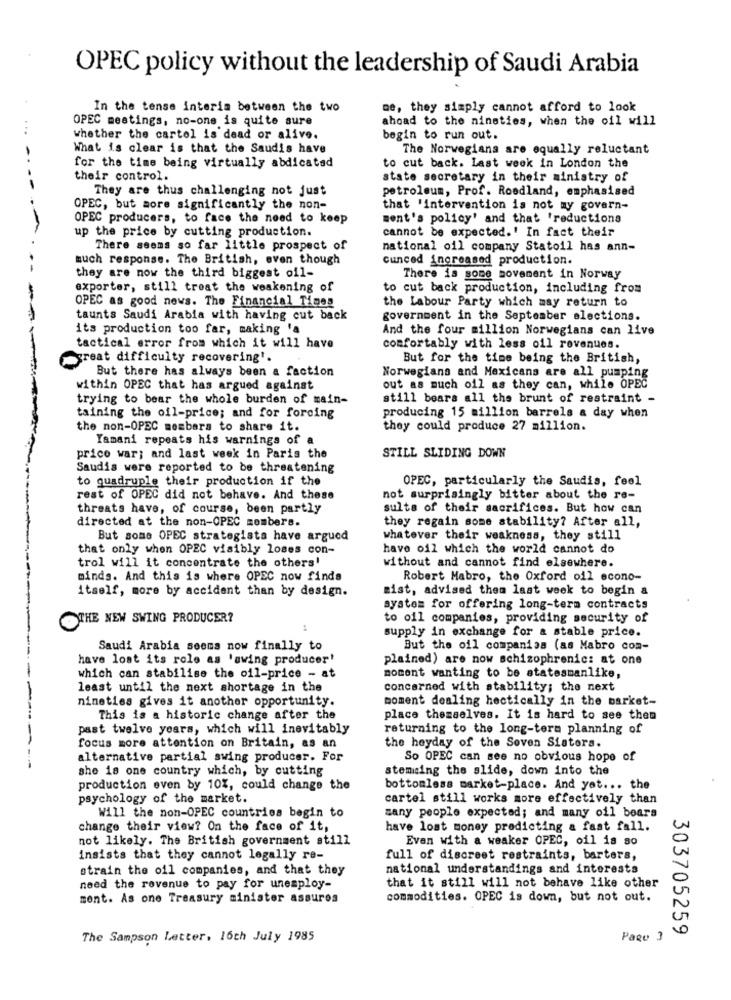
OPEC policy without the leadership of Saudi Arabia
In the tense interim between the two
me, they simply cannot afford to look
OPEC meetings, no-one is quite sure
ahoad to the nineties, when the oil will
whether the cartel is dead or alive.
begin to run out.
What is clear is that the Saudis have
The Norwegians are equally reluctant
for the time being virtually abdicated
to cut back. Last week in London the
their control.
state secretary in their ministry of
They are thus challenging not just
petroleum, Prof. Roodland, emphasised
OPEC, but more significantly the non-
that 'intervention is not my govern-
OPEC producers, to face the need to keep
ment's policy' and that 'reductions
up the price by cutting production.
cannot be expected.' In fact their
There seems so far little prospect of
national oil company Statoil has ann-
much response. The British, even though
cunced increased production.
they are now the third biggest oil-
There is some movement in Norway
exporter, still treat the weakening of
to cut back production, including from
OPEC as good news. The Financial Times
the Labour Party which may return to
taunts Saudi Arabia with having cut back
government in the September elections.
its production too far, making 'a
And the four million Norwegians can live
tactical error from which it will have
comfortably with less oil revenues.
great difficulty recovering'.
But for the time being the British,
But there has always been a faction
Norwegians and Mexicans are all pumping
within OPEC that has argued against
out as much oil as they can, while OPEC
trying to bear the whole burden of main-
still bears all the brunt of restraint -
taining the oil-price; and for forcing
producing 15 million barrels a day when
the non-OPEC members to share it.
they could produce 27 million.
Yamani repeats his warnings of a
STILL SLIDING DOWN
price war; and last week in Paris the
Saudis were reported to be threatening
to quadruple their production if the
OPEC, particularly the Saudis, feel
rest of OPEC did not behave. And these
not surprisingly bitter about the re-
threats have, of course, been partly
sulte of their sacrifices. But how can
directed at the non-OPEC members.
they regain some stability? After all,
But some OPEC strategists have argued
whatever their weakness, they still
that only when OPEC visibly loses con-
have oil which the world cannot do
trol will it concentrate the others'
without and cannot find elsewhere.
minds. And this is where OPEC now finds
Robert Mabro, the Oxford oil econo-
itself, more by accident than by design.
sist, advised them last week to begin a
system for offering long-term contracts
OTHE NEW SWING PRODUCER?
to oil companies, providing security of
supply in exchange for & stable price.
Saudi Arabia seems now finally to
But the oil companies (as Mabro com-
have lost its role as 'swing producer'
plained) are now schizophrenic: at one
which can stabilise the oil-price - at
moment wanting to be statesmanlike,
least until the next shortage in the
concerned with stability; the next
nineties gives it another opportunity.
moment dealing hectically in the market-
This is a historic change after the
place themselves. It is hard to see them
past twelve years, which will inevitably
returning to the long-term planning of
focus more attention on Britain, as an
the heyday of the Seven Sisters.
alternative partial swing producer. For
So OPEC can see no obvious hope of
she is one country which, by cutting
steming the slide, down into the
production even by 10%, could change the
bottomless market-place. And yet ... the
psychology of the market.
cartel still works more effectively than
Will the non-OPEC countries begin to
many people expected; and many oil bears
change their view? On the face of it,
have lost money predicting a fast fall.
not likely. The British government still
Evan with a weaker OPEC, oil is so
insists that they cannot legally re-
full of discreet restraints, barters,
strain the oil companies, and that they
national understandings and interests
need the revenue to pay for unemploy-
that it still will not behave like other
ment. As one Treasury minister assures
commodities. OPEC is down, but not out.
303705259
The Sampson Letter. 16th July 1985
Pago 3